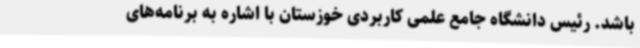
باشد. رئیس دانشگاه جامع علمی کاربردی خوزستان با اشاره به برنامه‌های